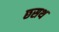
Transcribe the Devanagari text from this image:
छसथ